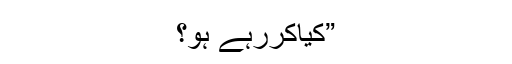
”کیاکررہے ہو؟